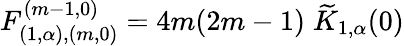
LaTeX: F_{(1,\alpha),(m,0)}^{(m-1,0)}=4m(2m-1)\; \widetilde{K}_{1,\alpha}(0)